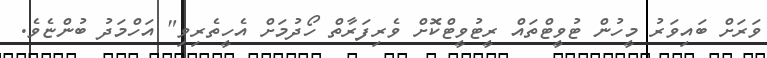
ވަރަށް ބައިވަރު މީހުން ޓުވީޓްތައް ރީޓުވީޓްކޮށް ވެރިފަރާތް ހޯދުމަށް އެހީތެރިވި" އަހްމަދު ބުންޏެވެ.